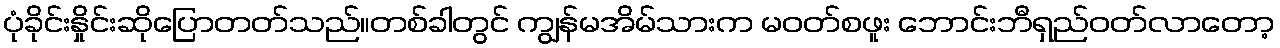
ပုံခိုင်းနှိုင်းဆိုပြောတတ်သည်။တစ်ခါတွင် ကျွန်မအိမ်သားက မဝတ်စဖူး ဘောင်းဘီရှည်ဝတ်လာတော့